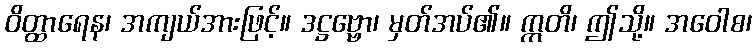
ဝိတ္ထာရေန၊ အကျယ်အားဖြင့်။ ဒဋ္ဌဗ္ဗော၊ မှတ်အပ်၏။ ဣတိ၊ ဤသို့။ အဝေါစ၊